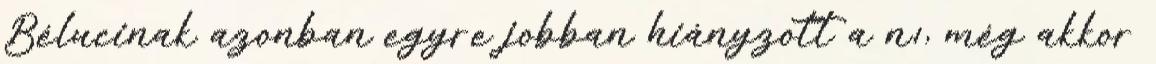
Bélucinak azonban egyre jobban hiányzott a nı, még akkor